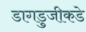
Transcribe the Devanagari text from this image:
डागडुजीकडे